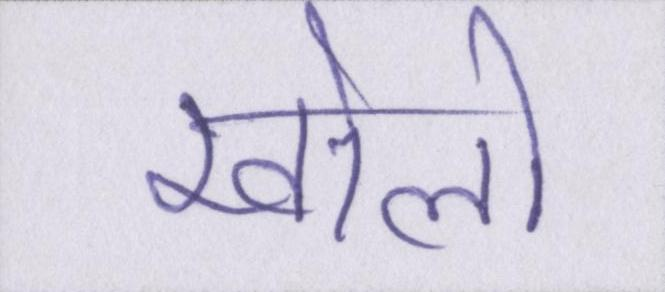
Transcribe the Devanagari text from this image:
खोलो